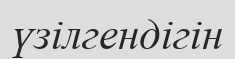
үзілгендігін